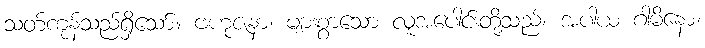
သတ်ကုန်သည်ရှိသော်။ ဗဟုဇနာ၊ များစွာသော လူအပေါင်းတို့သည်။ အပါယ ဂါမိနော၊